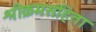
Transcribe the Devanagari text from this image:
श्रीक्रमसंहिता